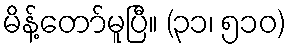
မိန့်တော်မူပြီ။ (၃၁၊ ၅၁၀)